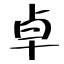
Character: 卓